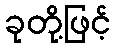
ခုတို့ဖြင့်